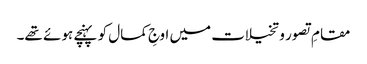
مقامِ تصور و تخیلات میں اوجِ کمال کو پہنچے ہوئے تھے۔